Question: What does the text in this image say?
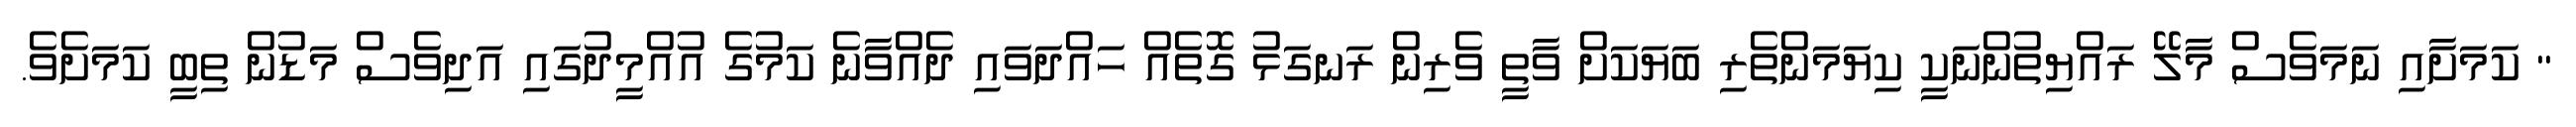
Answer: " ކަމަށާއި ނަމަވެސް މާލޭ ރައްޔިތުންނަކީ ކިޔަމަންތެރި ބަޔަކަށް ވާތީ ވެރިން ރަނގަޅު ގޮތެއް ހައްދަވައި ދެއްވާނެ ކަމުގެ އުއްމީދުގައި އަދިވެސް މަޑުން ތިބީ ކަމަށެވެ.